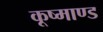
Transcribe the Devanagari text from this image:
कूष्माण्ड